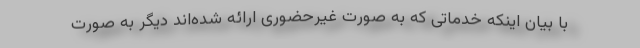
با بیان اینکه خدماتی که به صورت غیرحضوری ارائه شده‌اند دیگر به صورت